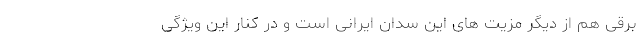
برقی هم از دیگر مزیت های این سدان ایرانی است و در کنار این ویژگی